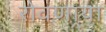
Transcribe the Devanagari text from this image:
रोवणार्‍या